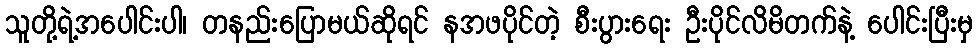
သူတို့ရဲ့အပေါင်းပါ၊ တနည်းပြောမယ်ဆိုရင် နအဖပိုင်တဲ့ စီးပွားရေး ဦးပိုင်လိမိတက်နဲ့ ပေါင်းပြီးမှ